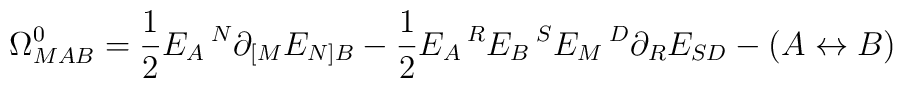
\Omega^0_{MAB}=\frac{1}{2}E_A\,^N\partial_{[M}E_{N]B}-\frac{1}{2}E_A\,^RE_B\,^SE_M\,^D\partial_RE_{SD}-(A\leftrightarrow B)